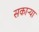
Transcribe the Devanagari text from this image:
सकाऱ्या